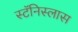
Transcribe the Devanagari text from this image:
स्टॅनिस्लास